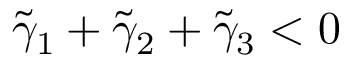
\tilde { \gamma } _ { 1 } + \tilde { \gamma } _ { 2 } + \tilde { \gamma } _ { 3 } < 0